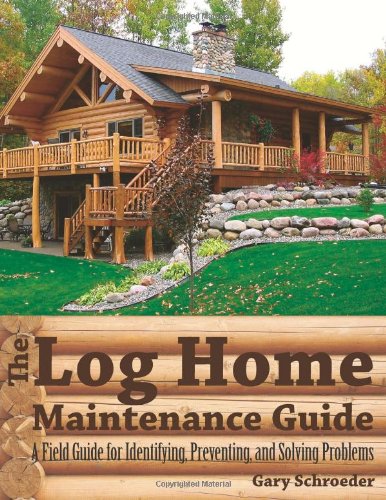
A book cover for The Log Home Maintenance Guide: A Field Guide for Identifying, Preventing, and Solving Problems; Gary Schroeder; Crafts, Hobbies & Home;